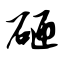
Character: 砸